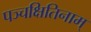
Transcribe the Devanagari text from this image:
पञ्चक्षितिनाम्